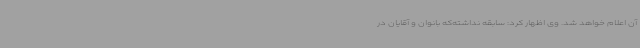
آن اعلام خواهد شد. وی اظهار کرد: سابقه نداشته‌که بانوان و آقایان در